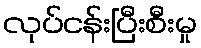
လုပ်ငန်းပြီးစီးမှု